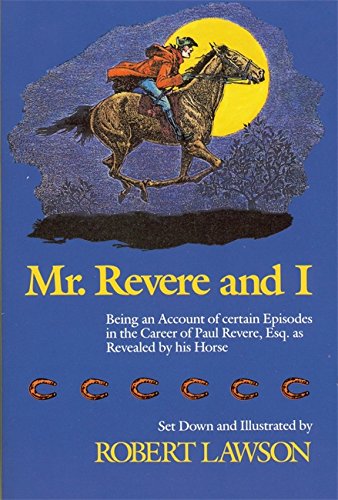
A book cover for Mr. Revere and I: Being an Account of certain Episodes in the Career of Paul Revere,Esq. as Revealed by his Horse; Robert Lawson; Children's Books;